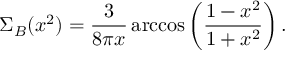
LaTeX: \Sigma _ { B } ( x ^ { 2 } ) = \frac { 3 } { 8 \pi x } \operatorname { a r c c o s } \left( \frac { 1 - x ^ { 2 } } { 1 + x ^ { 2 } } \right) .